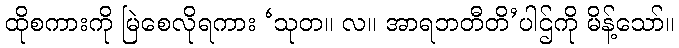
ထိုစကားကို မြဲစေလိုရကား ‘သုတ။ လ။ အာရဘတီတိ’ပါဌ်ကို မိန့်သော်။